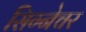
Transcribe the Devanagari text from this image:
सिग्‍नेचर